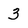
Character: 3